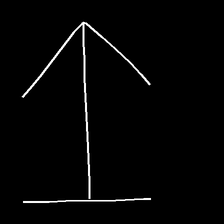
Glyph: levitation